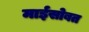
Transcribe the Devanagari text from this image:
माईसोबत